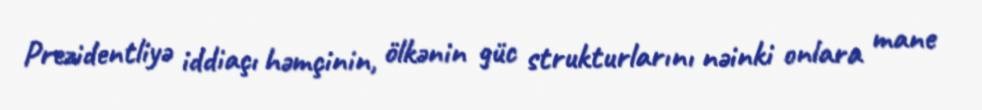
Prezidentliyə iddiaçı həmçinin, ölkənin güc strukturlarını nəinki onlara mane